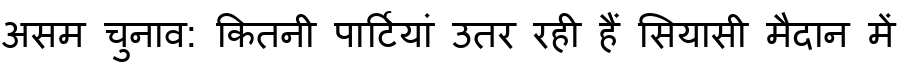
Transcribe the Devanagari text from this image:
असम चुनाव: कितनी पार्टियां उतर रही हैं सियासी मैदान में